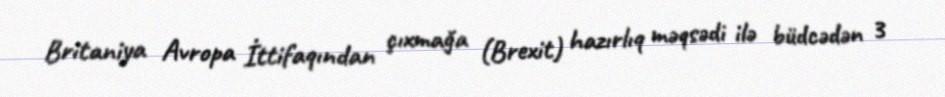
Britaniya Avropa İttifaqından çıxmağa (Brexit) hazırlıq məqsədi ilə büdcədən 3